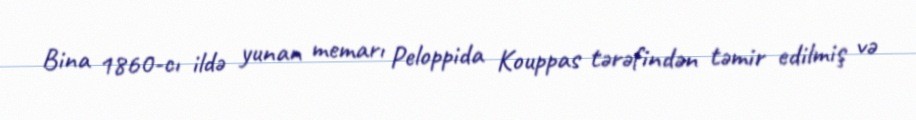
Bina 1860-cı ildə yunan memarı Peloppida Kouppas tərəfindən təmir edilmiş və